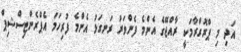
އަދި މި ޕްރޮގްރާމަކީ ރާއްޖޭގެ އެންމެ ފެންވަރު ރަނގަޅު އެންމެ ފުރިހަމަ އެޕްރެންޓިސްޝިޕް